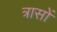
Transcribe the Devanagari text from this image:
त्रासों